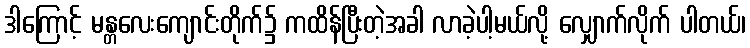
ဒါကြောင့် မန္တလေးကျောင်းတိုက်၌ ကထိန်ပြီးတဲ့အခါ လာခဲ့ပါ့မယ်လို့ လျှောက်လိုက် ပါတယ်၊